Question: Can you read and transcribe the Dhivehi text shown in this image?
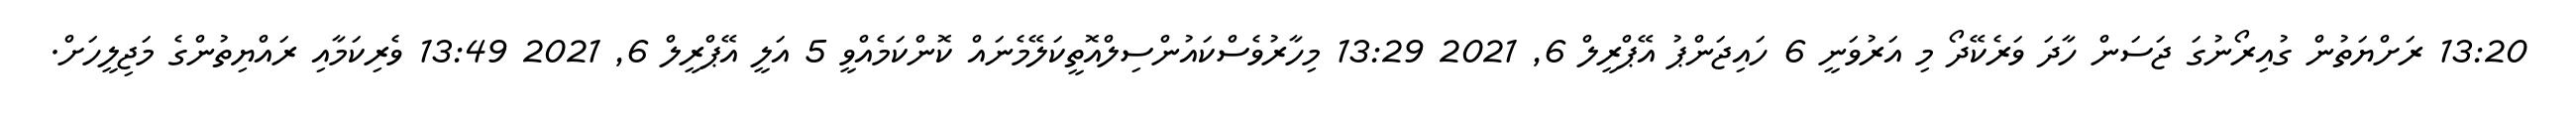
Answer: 13:20 ރަށްޔަތުން ގުއިރޯނުގަ ޖަސަން ހާދަ ވަރެކޭދޯ މި އަރުވަނީ 6 ހައިޖަންޕު އޭޕްރީލް 6, 2021 13:29 މިހާރުވެސްކައުންސިލްއޮތީކަލޭމެނައް ކޮންކަމެއްވީ 5 އަލީ އޭޕްރީލް 6, 2021 13:49 ވެރިކަމާއި ރައްޔިތުންގެ މަޖިލީހަށް.